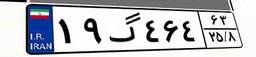
۳۱گ۶۲۵۰۱